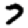
Digit: 7